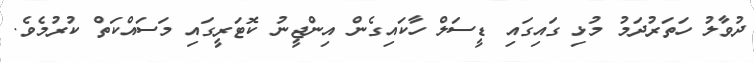
ދުވާލު ހަތަރުދަމު މުޅި ގައިގައި ޑީސަލް ހާކައިގެން އިންޖީނު ކޮޓަރީގައި މަސައްކަތް ކުރުމެވެ.